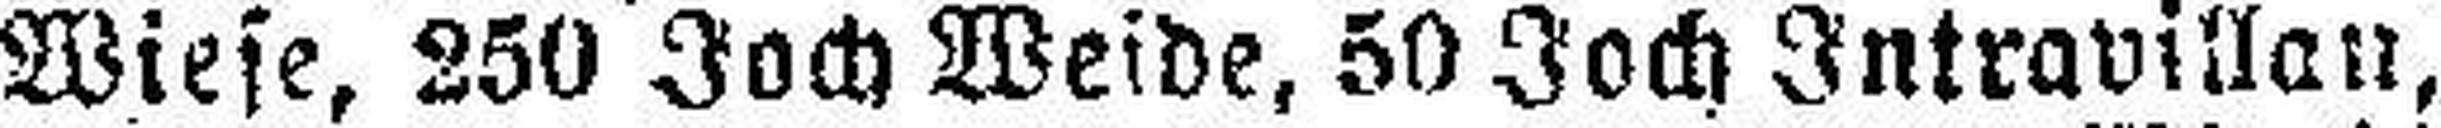
Wiese, 250 Joch Weide, 50 Joch Intravillau,